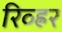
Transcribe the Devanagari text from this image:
रिव्ह्रर